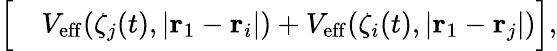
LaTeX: \begin{array}{rl}{\Big[}&{{}V_{\mathrm{eff}}(\zeta_{j}(t),|\mathbf{r}_{1}-\mathbf{r}_{i}|)+V_{\mathrm{eff}}(\zeta_{i}(t),|\mathbf{r}_{1}-\mathbf{r}_{j}|)\Big],}\end{array}